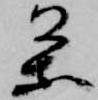
条